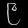
Digit: ၉